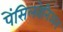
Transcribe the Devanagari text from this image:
पेंसिलवेनिअन